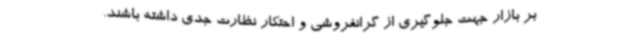
بر بازار جهت جلوگیری از گرانفروشی و احتکار نظارت جدی داشته باشند.